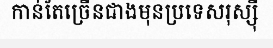
កាន់តែច្រើនជាងមុនប្រទេសរុស្ស៊ី